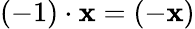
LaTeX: (-1)\cdot\mathbf{x}=(-\mathbf{x})